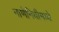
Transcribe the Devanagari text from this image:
नाणेनिधीमध्ये